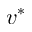
v ^ { * }